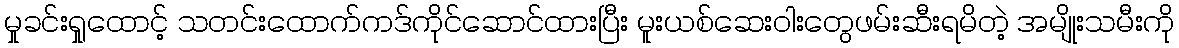
မှုခင်းရှုထောင့် သတင်းထောက်ကဒ်ကိုင်ဆောင်ထားပြီး မူးယစ်ဆေးဝါးတွေဖမ်းဆီးရမိတဲ့ အမျိုးသမီးကို